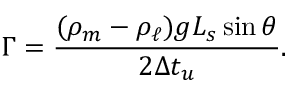
\Gamma = \frac { ( \rho _ { m } - \rho _ { \ell } ) g L _ { s } \sin \theta } { 2 \Delta t _ { u } } .